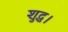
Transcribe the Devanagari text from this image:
शुद्ध।